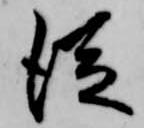
従